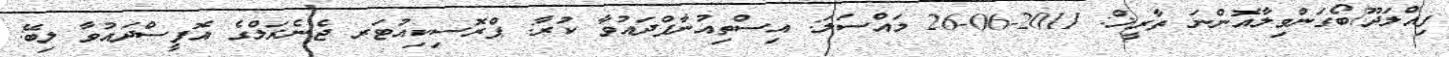
ފިއްލަދޫ/ބޯގަންވިލާއޮންނަ ތާރީޚް: 2011-06-26 މައްސަލަ: އިސްތިއުނާފްދައުވާ ކުރާ: ޕްރޮސިކިއުޓަރ ޖެނެރަލްގެ އޮފީސްދައުވާ ލިބޭ: